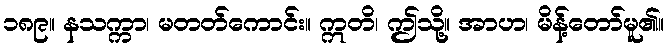
၁၈၉။ နသက္ကာ၊ မတတ်ကောင်း။ ဣတိ၊ ဤသို့။ အာဟ၊ မိန့်တော်မူ၏။